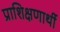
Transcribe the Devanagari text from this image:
प्राशिक्षणार्थी